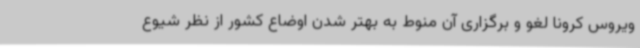
ویروس کرونا لغو و برگزاری آن منوط به بهتر شدن اوضاع کشور از نظر شیوع